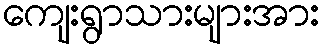
ကျေးရွာသားများအား